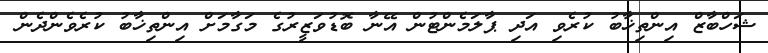
ޝަހްބާޒް އިންތިޚާބު ކުރެވި އަދި ޕާލަމެންޓުން އޭނާ ބޮޑުވަޒީރުގެ މަގާމަށް އިންތިޚާބު ކުރެވެންދެން